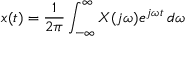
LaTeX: x ( t ) = { \frac { 1 } { 2 \pi } } \int _ { - \infty } ^ { \infty } X ( j \omega ) e ^ { j \omega t } \, d \omega